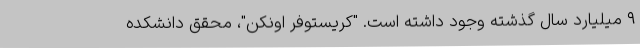
۹ میلیارد سال گذشته وجود داشته است. "کریستوفر اونکن"، محقق دانشکده